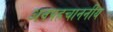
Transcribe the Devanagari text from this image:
अनपहचाननीय